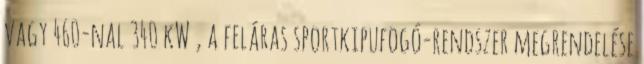
vagy 460-nal 340 kW , a feláras sportkipufogó-rendszer megrendelése